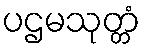
ပဌမသုတ္တံ